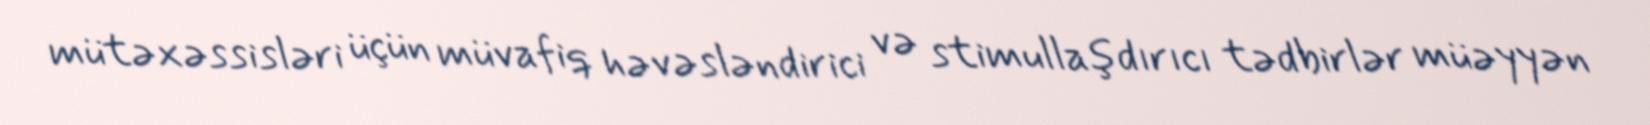
mütəxəssisləri üçün müvafiq həvəsləndirici və stimullaşdırıcı tədbirlər müəyyən